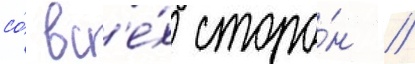
со́ вс'е́х сторо́н //